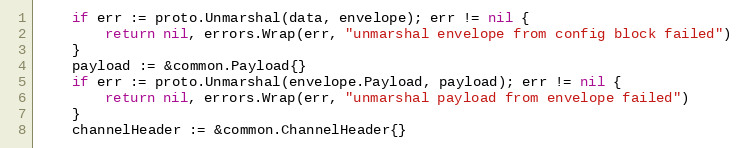
Language: Go
	if err := proto.Unmarshal(data, envelope); err != nil {
		return nil, errors.Wrap(err, "unmarshal envelope from config block failed")
	}
	payload := &common.Payload{}
	if err := proto.Unmarshal(envelope.Payload, payload); err != nil {
		return nil, errors.Wrap(err, "unmarshal payload from envelope failed")
	}
	channelHeader := &common.ChannelHeader{}